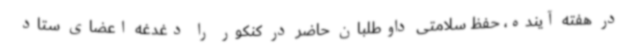
در هفته آینده، حفظ سلامتی داوطلبان حاضر در کنکور را دغدغه اعضای ستاد